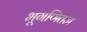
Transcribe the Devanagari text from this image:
भूगणितज्ञ